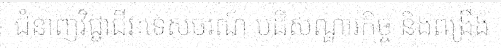
ជំនាញវិជ្ជាជីវៈទេសចរណ៍ បដិសណ្ឋារកិច្ច និងពង្រឹង